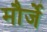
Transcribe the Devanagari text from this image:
मौर्जें